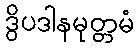
ဒွိပဒါနမုတ္တမံ